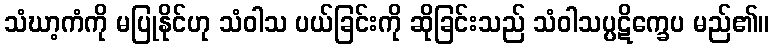
သံဃာ့ကံကို မပြုနိုင်ဟု သံဝါသ ပယ်ခြင်းကို ဆိုခြင်းသည် သံဝါသပ္ပဋိက္ခေပ မည်၏။